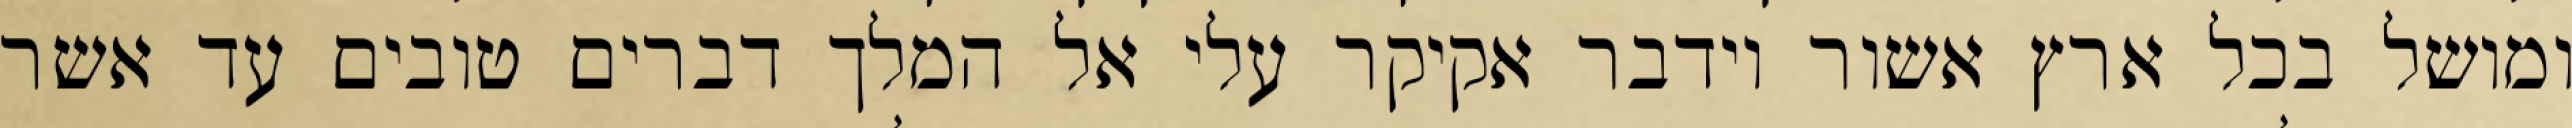
ומושל בכל ארץ אשור וידבר אקיקר עלי אל המלך דברים טובים עד אשר